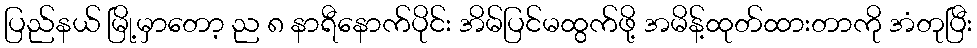
ပြည်နယ် မြို့မှာတော့ ည ၈ နာရီနောက်ပိုင်း အိမ်ပြင်မထွက်ဖို့ အမိန့်ထုတ်ထားတာကို အံတုပြီး